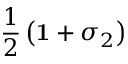
\frac { 1 } { 2 } \left( { \bf 1 } + \sigma _ { 2 } \right)